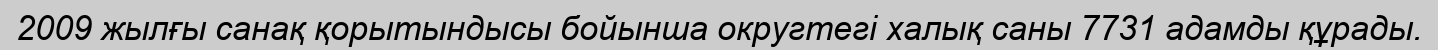
2009 жылғы санақ қорытындысы бойынша округтегі халық саны 7731 адамды құрады.